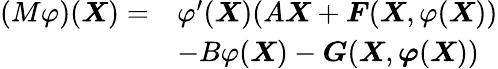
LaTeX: \begin{array}{rl}{(M\varphi)(\boldsymbol{X})=}&{\varphi^{\prime}(\boldsymbol{X})(A\boldsymbol{X}+\boldsymbol{F}(\boldsymbol{X},\varphi(\boldsymbol{X}))}\\ &{-B\varphi(\boldsymbol{X})-\boldsymbol{G}(\boldsymbol{X},\boldsymbol{\varphi}(\boldsymbol{X}))}\end{array}